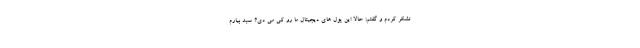
تشکر کردم و گفتم: حالا این پول های دیجیتال ما رو کی می دی؟ سبد بیارم